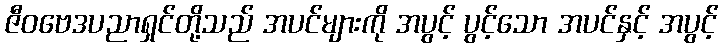
ဇီဝဗေဒပညာရှင်တို့သည် အပင်များကို အပွင့် ပွင့်သော အပင်နှင့် အပွင့်